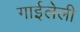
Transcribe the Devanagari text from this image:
गाईलेली